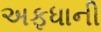
અફધાની